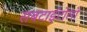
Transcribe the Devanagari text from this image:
सबटाईटोलों